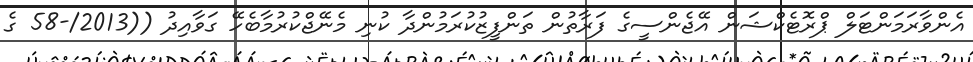
އެންވާރަމަންޓަލް ޕްރޮޓެކްޝަން އޭޖެންސީގެ ފަރާތުން ތަންފީޒުކުރަމުންދާ ކުނި މެނޭޖްކުރުމާބެހޭ ގަވާއިދު ((2013/-58 ގެ